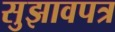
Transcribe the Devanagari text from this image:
सुझावपत्र